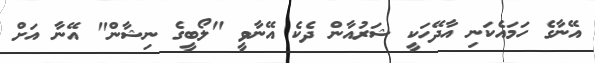
އޭނާގެ ހަމައެކަނި އާދޭހަކީ ޝަރުއާން ދެކެ އޭނާވީ "ލޯބީގެ ނިޝާން" އޭނާ އަށް